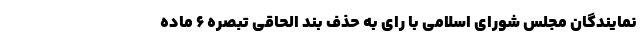
نمایندگان مجلس شورای اسلامی با رای به حذف بند الحاقی تبصره ۶ ماده